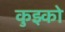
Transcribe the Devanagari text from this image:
कुझ्को